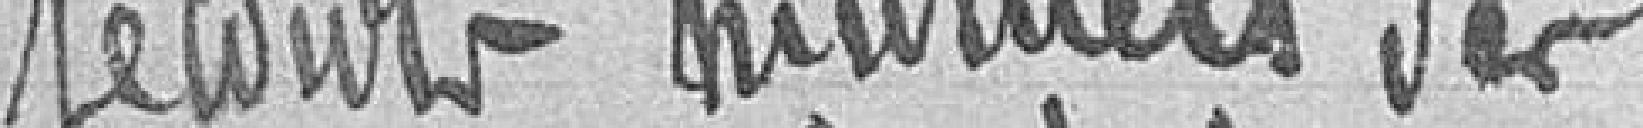
secours mutuels des